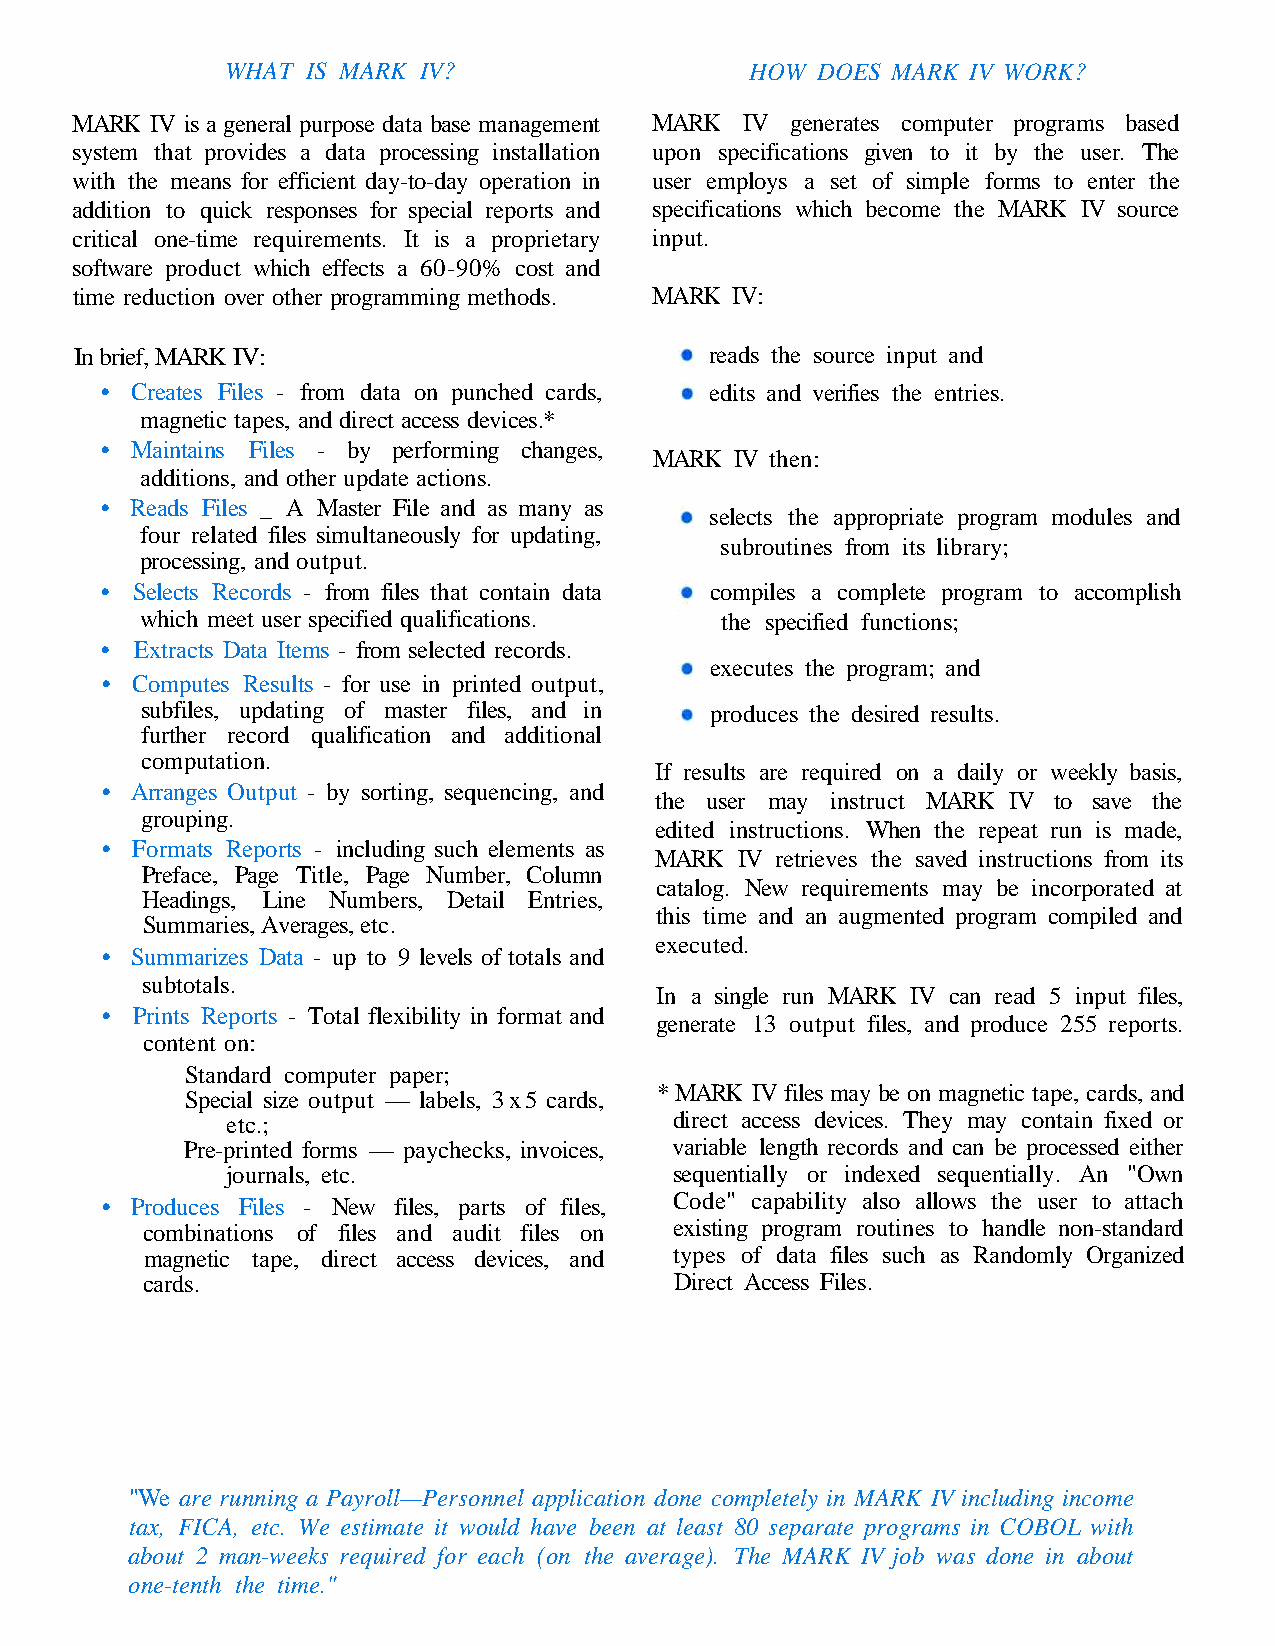
WHAT IS MARK IV?                   HOW DOES MARK IV WORK?
 MARK IV is a general purpose data base management MARK IV generates computer programs based
 system that provides a data processing installation upon specifications given to it by the user. The
 with the means for efficient day-to-day operation in user employs a set of simple forms to enter the
 addition to quick responses for special reports and specifications which become the MARK IV source
 critical one-time requirements. It is a proprietary input.
 software product which effects a 60-90% cost and
 time reduction over other programming methods. MARK IV:
 In brief, MARK IV:                        reads the source input and
 • Creates Files - from data on punched cards, edits and verifies the entries.
 magnetic tapes, and direct access devices.*
 • Maintains Files - by performing changes,
 MARK  IV then:
 additions, and other update actions.
 • Reads Files _ A Master File and as many as
 selects the appropriate program modules and
 four related files simultaneously for updating,
 subroutines from its library;
 processing, and output.
 • Selects Records - from files that contain data compiles a complete program to accomplish
 which meet user specified qualifications. the specified functions;
 • Extracts Data Items - from selected records.
 executes the program; and
 • Computes Results - for use in printed output,
 subfiles, updating of master files, and in produces the desired results.
 further record qualification and additional
 computation.
 If results are required on a daily or weekly basis,
 • Arranges Output - by sorting, sequencing, and
 the user may instruct MARK IV to save the
 grouping.
 edited instructions. When the repeat run is made,
 • Formats Reports - including such elements as
 MARK  IV retrieves the saved instructions from its
 Preface, Page Title, Page Number, Column
 catalog. New requirements may be incorporated at
 Headings, Line Numbers, Detail Entries,
 this time and an augmented program compiled and
 Summaries, Averages, etc.
 executed.
 • Summarizes Data - up to 9 levels of totals and
 subtotals.
 In a single run MARK IV can read 5 input files,
 • Prints Reports - Total flexibility in format and
 generate 13 output files, and produce 255 reports.
 content on:
 Standard computer paper;
 * MARK IV files may be on magnetic tape, cards, and
 Special size output — labels, 3x5 cards,
 etc.;                         direct access devices. They may contain fixed or
 Pre-printed forms — paychecks, invoices, variable length records and can be processed either
 journals, etc.                sequentially or indexed sequentially. An "Own
 Code" capability also allows the user to attach
 • Produces Files - New files, parts of files,
 combinations of files and audit files on existing program routines to handle non-standard
 magnetic tape, direct access devices, and types of data files such as Randomly Organized
 cards.                              Direct Access Files.
 "We are running a Payroll—Personnel application done completely in MARK IV including income
 tax, FICA, etc. We estimate it would have been at least 80 separate programs in COBOL with
 about 2 man-weeks required for each (on the average). The MARK IV job was done in about
 one-tenth the time."